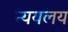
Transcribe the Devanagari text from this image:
न्ययलय